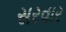
સરવાર